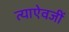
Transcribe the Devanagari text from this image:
त्याऐवजीं